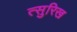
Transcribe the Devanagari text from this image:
त्सुरिख